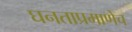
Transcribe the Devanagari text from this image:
घनताप्रमाणेच